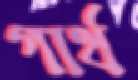
গার্থ